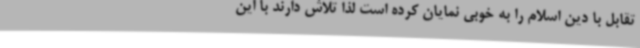
تقابل با دین اسلام را به خوبی نمایان کرده است لذا تلاش دارند با این